Annual administration report of the Civil Veterinary Department of India - 1907-1908
Year: 1907
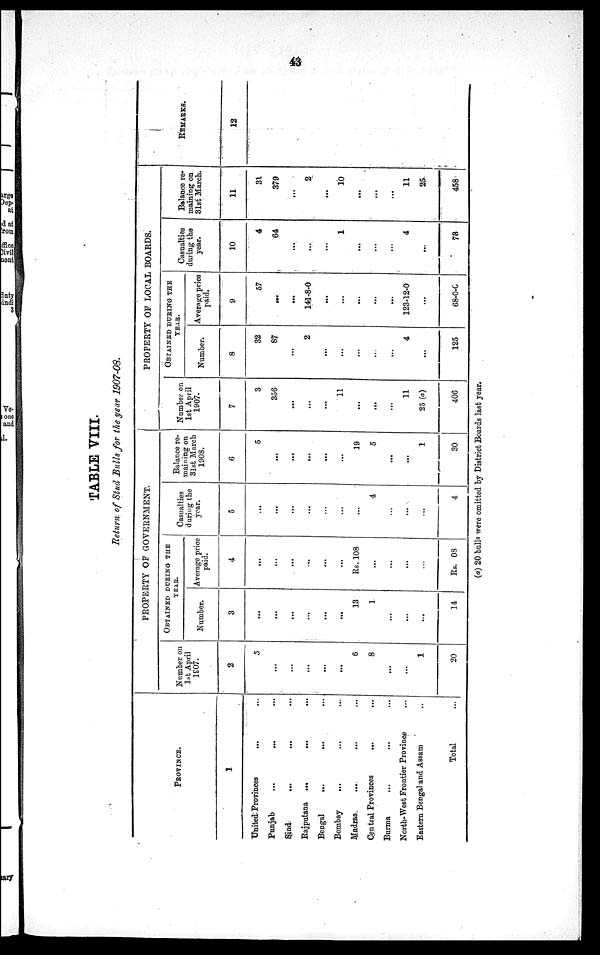
43
TABLE VIII.
Return of Stud Bulls for the year 1907-08.
PROVINCE.
1
United Provinces
... ...
Punjab ... ... ...
Sind ... ... ...
Rajputana
...
... ...
Bengal
...
... ...
Bombay ... ... ...
Madras ... ... ...
Central Provinces
... ...
Burma ... ... ...
North-West Frontier Province ...
Eastern Bengal and Assam ..
Total ...
PROPERTY OF GOVERNMENT.
Number on
1st April
1907.
2
5
...
...
...
...
...
6
8
...
...
1
20
OBTAINED DURING THE
YEAR.
Number.
3
...
...
...
...
...
...
13
1
...
...
...
14
Average price
paid.
4
...
...
...
...
...
...
Rs. 108
...
...
...
...
Rs. 08
Casualties
during the
year.
5
...
...
...
...
...
...
...
4
...
...
...
4
Balance re-
maining on
31st March
1908.
6
5
...
...
...
...
...
19
5
...
...
1
30
PROPERTY OF LOCAL BOARDS.
Number on
1st April
1907.
7
3
356
...
...
...
11
...
...
...
11
25 (a)
406
OBTAINED DURING THE
YEAR.
Number.
8
32
87
...
2
...
...
...
...
...
4
...
125
Average price
paid.
9
57
...
...
141-8-0
...
...
...
...
...
123-12-0
...
68-0-0
Casualties
during the
year.
10
4
64
...
...
...
1
...
...
...
4
...
73
Balance re-
maining on
31st March.
11
31
379
...
2
...
10
...
...
...
11
25
458
REMARKS.
12
(a) 20 bulls were omitted by District Boards last year.